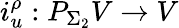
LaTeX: i_{u}^{\rho}:P_{\Sigma_{2}}V\to V